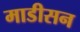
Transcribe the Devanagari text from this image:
माडीसन